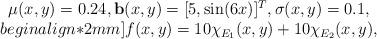
LaTeX: \begin{align*}\begin{array}{c}\mu(x, y)=0.24, \mathbf{b}(x, y)=[5, \sin(6x)]^T, \sigma(x, y) = 0.1,\\begin{align*}2mm]f(x,y)=10\chi_{E_1}(x, y)+10\chi_{E_2}(x, y), \end{array}\end{align*}